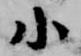
小